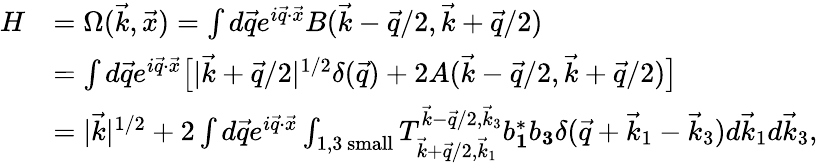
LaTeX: \begin{array}{rl}{H}&{=\Omega(\vec{k},\vec{x})=\int d\vec{q}e^{i\vec{q}\cdot\vec{x}}B(\vec{k}-\vec{q}/2,\vec{k}+\vec{q}/2)}\\ &{=\int d\vec{q}e^{i\vec{q}\cdot\vec{x}}\big[|\vec{k}+\vec{q}/2|^{1/2}\delta(\vec{q})+2A(\vec{k}-\vec{q}/2,\vec{k}+\vec{q}/2)\big]}\\ &{=|\vec{k}|^{1/2}+2\int d\vec{q}e^{i\vec{q}\cdot\vec{x}}\int_{1,3\mathrm{~small}}T_{\vec{k}+\vec{q}/2,\vec{k}_{1}}^{\vec{k}-\vec{q}/2,\vec{k}_{3}}b_{\mathbf 1}^{*}b_{\mathbf 3}\delta(\vec{q}+\vec{k}_{1}-\vec{k}_{3})d\vec{k}_{1}d\vec{k}_{3},}\end{array}